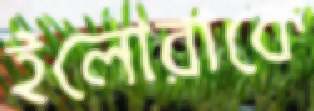
ইলোরাকে